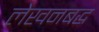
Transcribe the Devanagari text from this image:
लेखनबद्ध